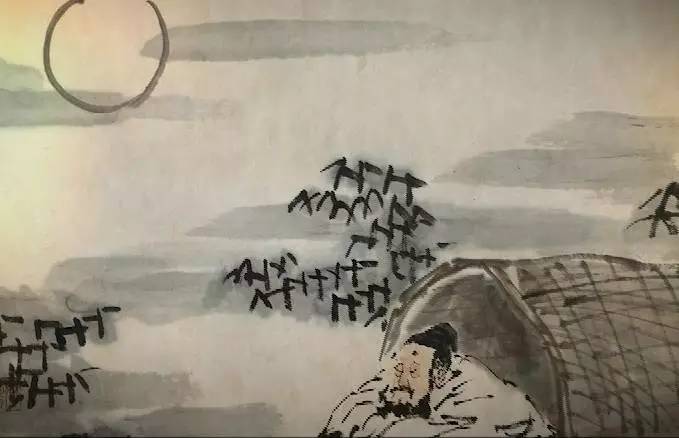
名岂文章著，官应老病休。